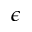
\epsilon